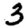
Digit: 3